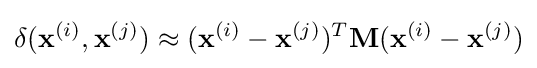
\operatorname {\delta } (\mathbf {x} ^{(i)},\mathbf {x} ^{(j)})\approx (\mathbf {x} ^{(i)}-\mathbf {x} ^{(j)})^{T}\mathbf {M} (\mathbf {x} ^{(i)}-\mathbf {x} ^{(j)})